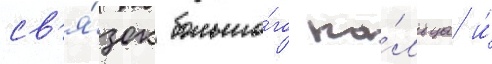
св'я́зок большо́го па́льца и́